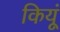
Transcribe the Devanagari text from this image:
कियूं